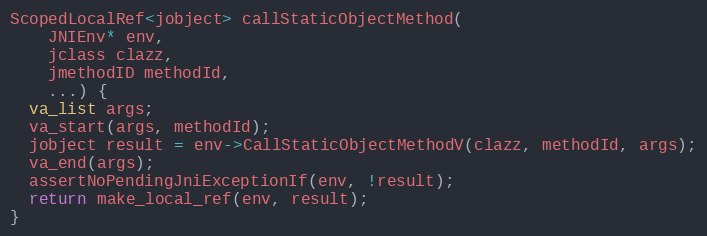
Language: C++
ScopedLocalRef<jobject> callStaticObjectMethod(
    JNIEnv* env,
    jclass clazz,
    jmethodID methodId,
    ...) {
  va_list args;
  va_start(args, methodId);
  jobject result = env->CallStaticObjectMethodV(clazz, methodId, args);
  va_end(args);
  assertNoPendingJniExceptionIf(env, !result);
  return make_local_ref(env, result);
}